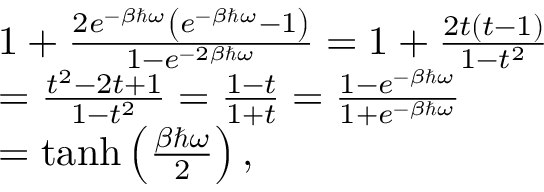
\begin{array} { r l } & { 1 + \frac { 2 e ^ { - \beta \hbar \omega } \left( e ^ { - \beta \hbar \omega } - 1 \right) } { 1 - e ^ { - 2 \beta \hbar \omega } } = 1 + \frac { 2 t ( t - 1 ) } { 1 - t ^ { 2 } } } \\ & { = \frac { t ^ { 2 } - 2 t + 1 } { 1 - t ^ { 2 } } = \frac { 1 - t } { 1 + t } = \frac { 1 - e ^ { - \beta \hbar \omega } } { 1 + e ^ { - \beta \hbar \omega } } } \\ & { = \operatorname { t a n h } \left( \frac { \beta \hbar \omega } { 2 } \right) , } \end{array}